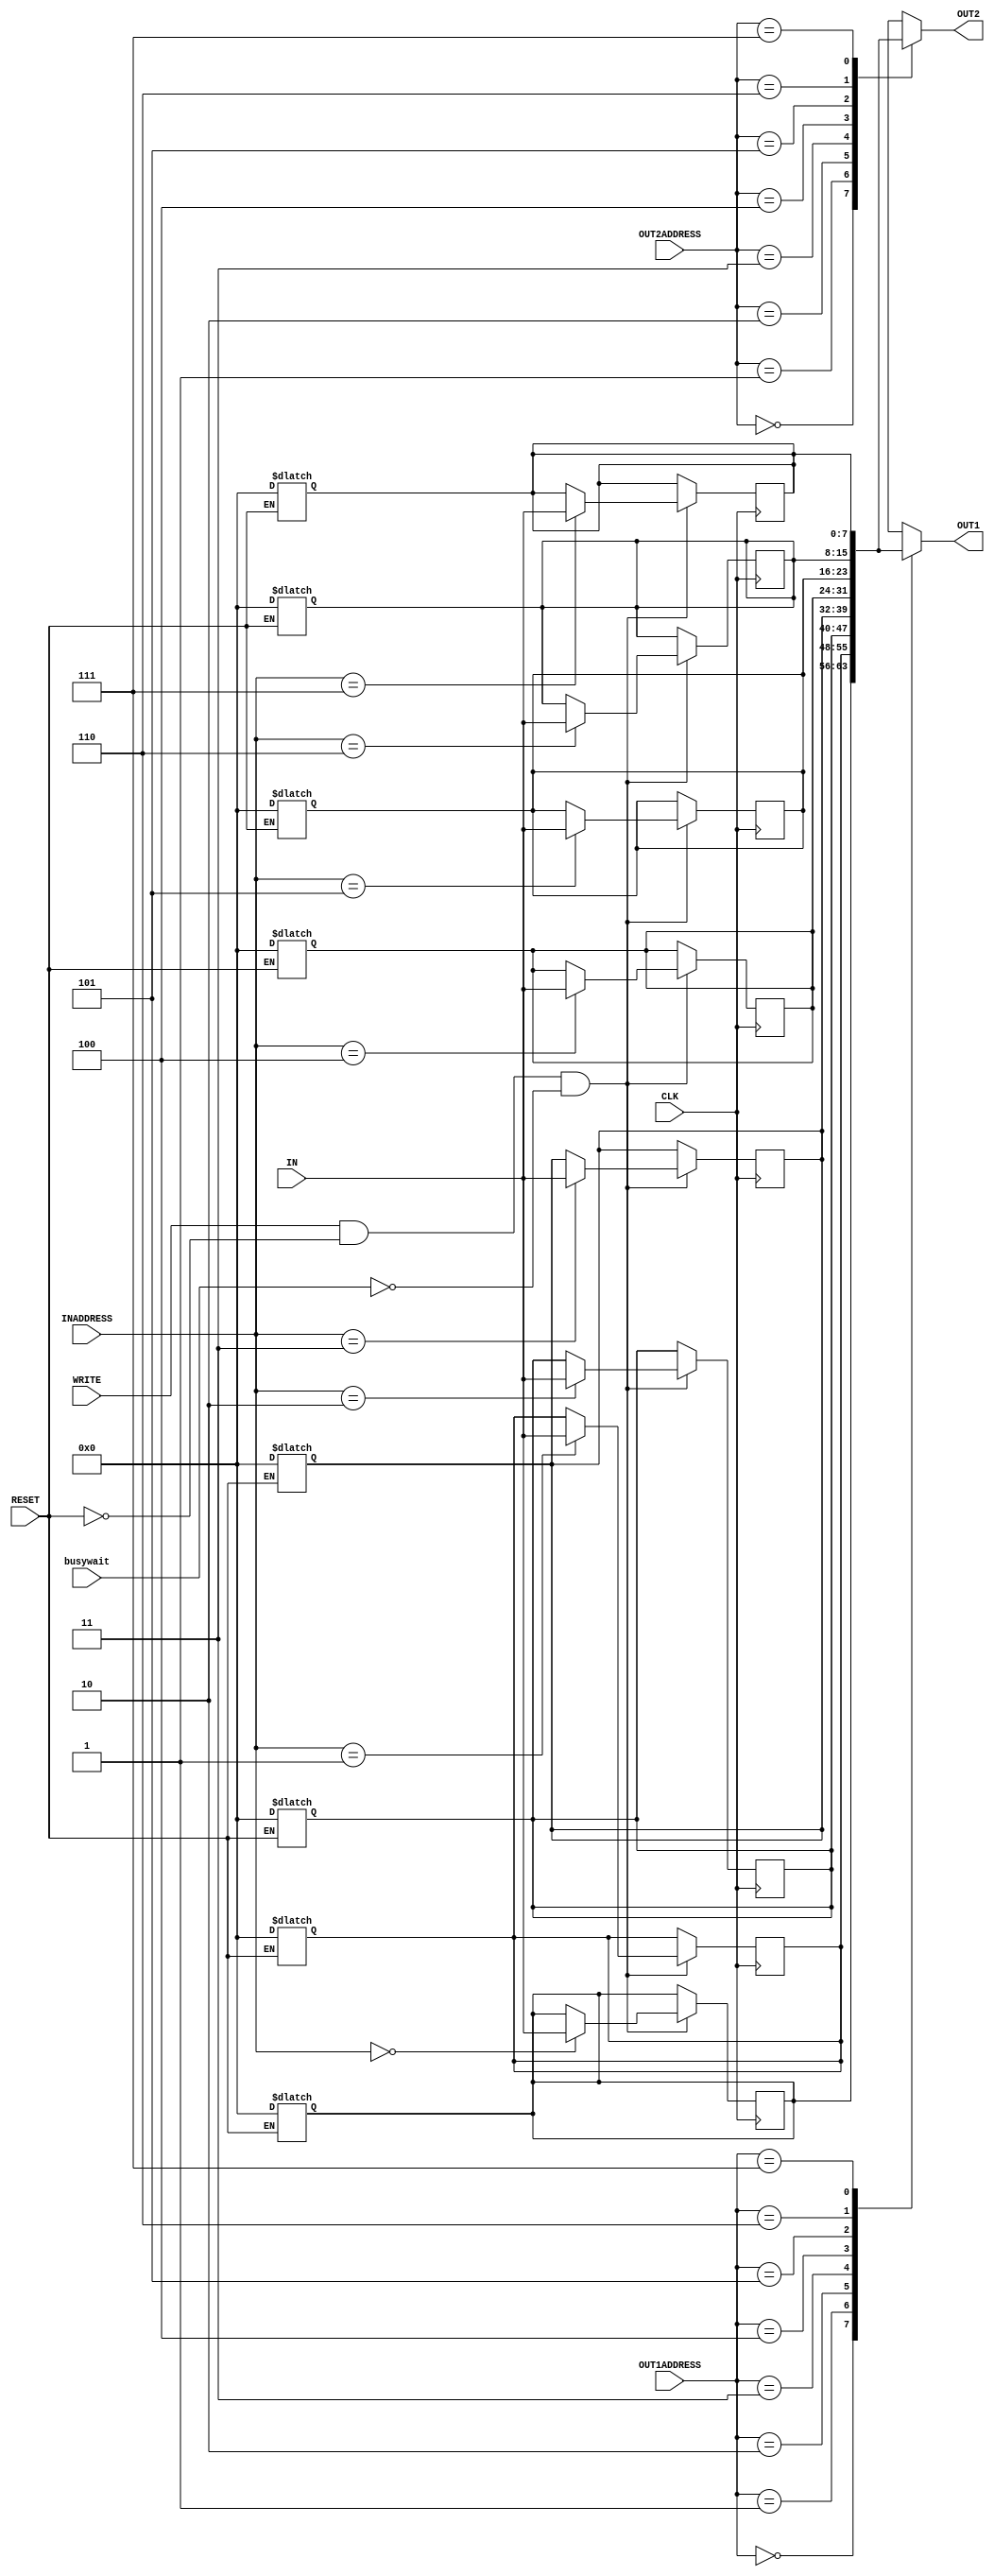
 `timescale  1ns/100ps
module reg_file(IN, OUT1, OUT2, INADDRESS, OUT1ADDRESS, OUT2ADDRESS, WRITE, CLK, RESET,busywait) ;

	input [7:0] IN; //initialize 8bit values for input IN
	input [2:0] INADDRESS, OUT1ADDRESS, OUT2ADDRESS;  //initialize 3bit values for addresses
	input WRITE, CLK, RESET,busywait; //sensitive signals
	output [7:0] OUT1,OUT2; //initialize 8bit values for outputs

	reg [7:0] 	 regfile [0:7];// Register file storage
	integer i;

	 //registers identified by OUT1ADDRESS and OUT2ADDRESS are read and 
	 //the values are loaded onto OUT1 and OUT2 respectively 
	 //2second delay added
	assign #2 OUT1 = regfile[OUT1ADDRESS];
	assign #2 OUT2 = regfile[OUT2ADDRESS];
	
	//reset is edge triggered .2Second reset delay added
	always @(RESET) begin
		if (RESET==1)begin
			#2;
			for (i = 0; i < 8; i = i + 1) begin
				regfile[i] <=8'b0;
			end
		end 
	end
	
	// write to egister file.2 Second write delay added
	//write is level triggered
	//write is done Only at positive edge of the clk and WRITE signal enabaled 
	// written to the input register specified by the INADDRESS
	always @(posedge CLK) begin
		#1	if ((WRITE==1) &&(RESET==0)&&(busywait==0))begin
				regfile[INADDRESS] <=IN ;
			end
	end
	


	
endmodule